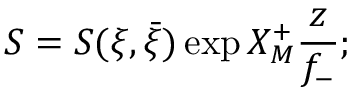
S = S ( \xi , \bar { \xi } ) \exp X _ { M } ^ { + } \frac { z } { f _ { - } } ;